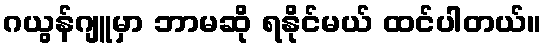
ဂယွန်ဂျူမှာ ဘာမဆို ရနိုင်မယ် ထင်ပါတယ်။